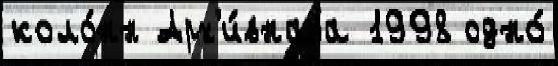
коло́нн Арх'и́внаjа 1998 одно́